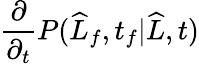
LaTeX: \frac{\partial}{\partial_{t}}P(\widehat{L}_{f},t_{f}|\widehat{L},t)